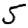
Digit: 5